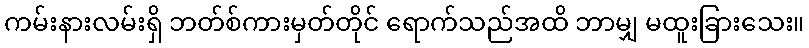
ကမ်းနားလမ်းရှိ ဘတ်စ်ကားမှတ်တိုင် ရောက်သည်အထိ ဘာမျှ မထူးခြားသေး။